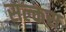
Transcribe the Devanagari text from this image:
सल्कस